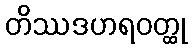
တိဿဒဟရဝတ္ထု